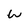
Character: W